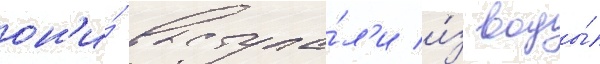
он'и́ выступа́л'и и́з воды́